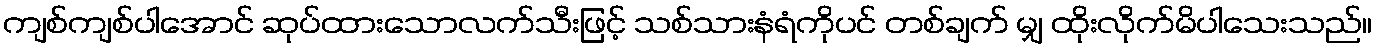
ကျစ်ကျစ်ပါအောင် ဆုပ်ထားသောလက်သီးဖြင့် သစ်သားနံရံကိုပင် တစ်ချက် မျှ ထိုးလိုက်မိပါသေးသည်။